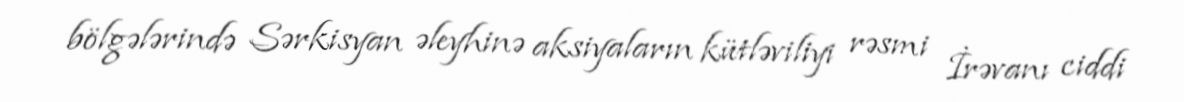
bölgələrində Sərkisyan əleyhinə aksiyaların kütləviliyi rəsmi İrəvanı ciddi